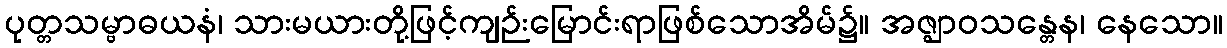
ပုတ္တသမ္ဗာဓယနံ၊ သားမယားတို့ဖြင့်ကျဉ်းမြောင်းရာဖြစ်သောအိမ်၌။ အဇ္ဈာဝသန္တေန၊ နေသော။